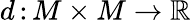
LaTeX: d\, \colon M\times M\to\mathbb{R}